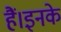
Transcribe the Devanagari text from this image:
हैं।इनके